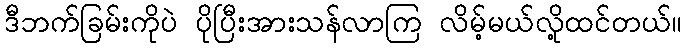
ဒီဘက်ခြမ်းကိုပဲ ပိုပြီးအားသန်လာကြ လိမ့်မယ်လို့ထင်တယ်။